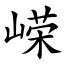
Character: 嵘